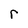
Character: r